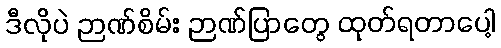
ဒီလိုပဲ ဉာဏ်စိမ်း ဉာဏ်ပြာတွေ ထုတ်ရတာပေါ့